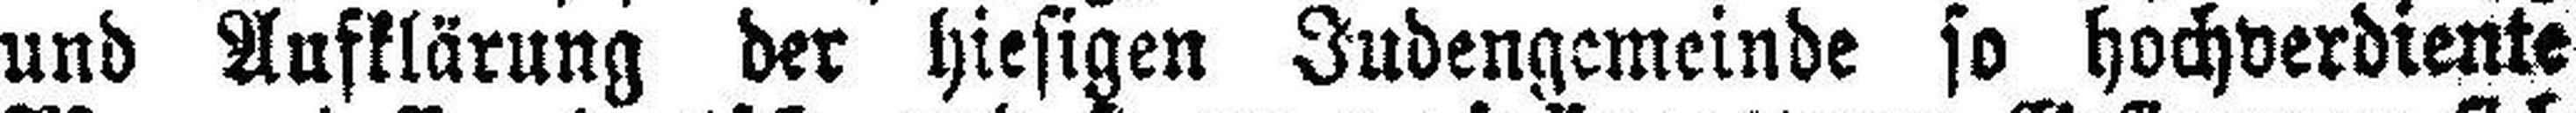
und Aufklärung der hiesigen Judengemeinde so hochverdiente